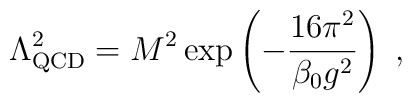
\Lambda _{\mathrm{QCD}}^{2}=M^{2}\exp \left( -\frac{16\pi ^{2}}{\beta_{0}g^{2}}\right) \;,